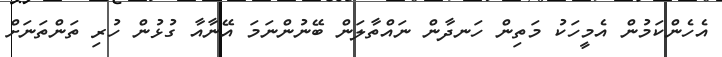
އެހެންކަމުން އެމީހަކު މަތިން ހަނދާން ނައްތާލަން ބޭނުންނަމަ އޭނާއާ ގުޅުން ހުރި ތަންތަނަށް